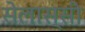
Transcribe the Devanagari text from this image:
सेलास्सी